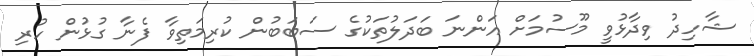
ޝާހިދު ވިދާޅުވީ މޫސުމަށް އަންނަ ބަދަލުތަކުގެ ސަބަބުން ކުރިމަތިވާ ފެނާ ގުޅުން ހުރި